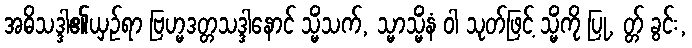
အဓိသဒ္ဒါ၏ယှဉ်ရာ ဗြဟ္မဒတ္တသဒ္ဒါနောင် သ္မိံသက်, သ္မာသ္မိံနံ ဝါ သုတ်ဖြင့် သ္မိံကို ပြု, တ္တ် ခွင်း,